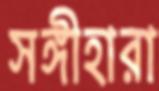
সঙ্গীহারা